Annual statistical returns and brief notes on vaccination in Bengal - 1887-1898
Year: 1887
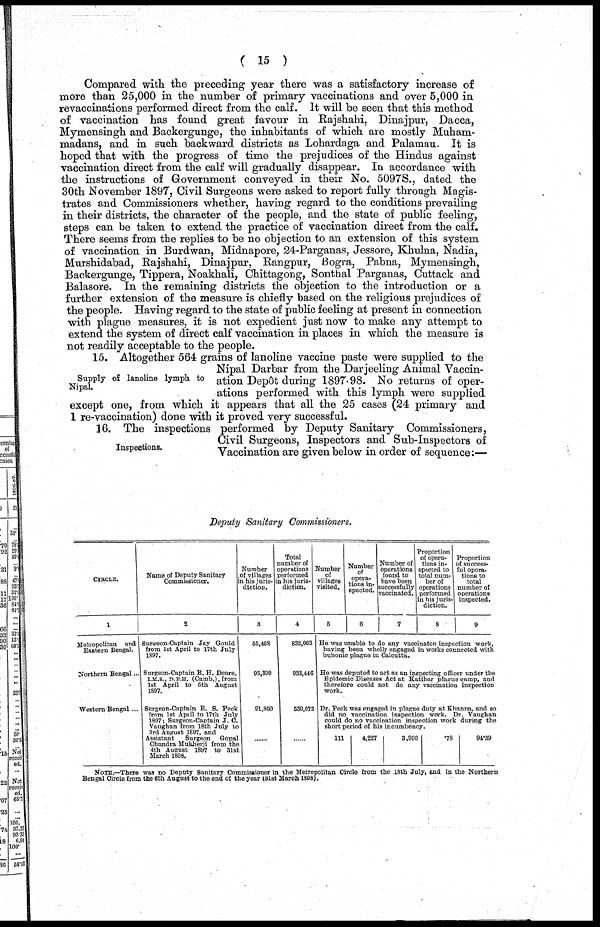
( 15 )
Compared with the preceding year there was a satisfactory increase of
more than 25,000 in the number of primary vaccinations and over 5,000 in
revaccinations performed direct from the calf. It will be seen that this method
of vaccination has found great favour in Rajshahi, Dinajpur, Dacca,
Mymensingh and Backergunge, the inhabitants of which are mostly Muham¬
madans, and in such backward districts as Lohardaga and Palamau. It is
hoped that with the progress of time the prejudices of the Hindus against
vaccination direct from the calf will gradually disappear. In accordance with
the instructions of Government conveyed in their No. 5097S., dated the
30th November 1897, Civil Surgeons were asked to report fully through Magis-
trates and Commissioners whether, having regard to the conditions prevailing
in their districts, the character of the people, and the state of public feeling,
steps can be taken to extend the practice of vaccination direct from the calf.
There seems from the replies to be no objection to an extension of this system
of vaccination in Burdwan, Midnapore, 24-Parganas, Jessore, Khulna, Nadia,
Murshidabad, Rajshahi, Dinajpur, Rangpur, Bogra, Pabna, Mymensingh,
Backergunge, Tippera, Noakhali, Chittagong, Sonthal Parganas, Cuttack and
Balasore. In the remaining districts the objection to the introduction or a
further extension of the measure is chiefly based on the religious prejudices of
the people. Having regard to the state of public feeling at present in connection
with plague measures, it is not expedient just now to make any attempt to
extend the system of direct calf vaccination in places in which the measure is
not readily acceptable to the people.
Supply of lanoline lymph to
Nipal.
15. Altogether 564 grains of lanoline vaccine paste were supplied to the
Nipal Darbar from the Darjeeling Animal Vaccin-
ation Depôt during 1897-98. No returns of oper-
ations performed with this lymph were supplied
except one, from which it appears that all the 25 cases (24 primary and
1 re-vaccination) done with it proved very successful.
Inspections.
16. The inspections performed by Deputy Sanitary Commissioners,
Civil Surgeons, Inspectors and Sub-Inspectors of
Vaccination are given below in order of sequence:—
Deputy Sanitary Commissioners.
CIRCLE.
1
Metropolitan and
Eastern Bengal.
Northern Bengal...
Western Bengal ...
Name of Deputy Sanitary
Commissioner.
2
Surgeon-Captain Jay Gould
from 1st April to 17th July
1897.
Surgeon-Captain B. H. Deare,
I.M.S., D.P.H. (Camb.),from
1st April to 5th August
1897.
Surgeon-Captain E. S. Peck
from 1st April to 17th July
1897; Surgeon-Captain J. C.
Vaughan from 18th July to
3rd August 1897, and
Assistant
Surgeon Gopal
Chandra Mukherji from the
4th August 1897 to 31st
March 1898.
Number
of villages
in his juris-
diction.
3
55,468
95,390
91,800
......
Total
number of
operations
performed
in his juris-
diction.
4
832,063
933,446
539,072
......
Number
of
villages
visited.
5
Number
of
opera-
tions in-
spected.
6
Number of
operations
found to
have been
successfully
vaccinated.
7
Proportion
of opera-
tions in-
spected to
total num-
ber of
operations
performed
in his juris-
diction.
8
Proportion
of success-
ful opera-
tions to
total
number of
operations
inspected.
9
He was unable to do any vaccinator inspection work,
having been wholly engaged in works connected with
bubonic plague in Calcutta.
He was deputed to act as an inspecting officer under the
Epidemic Diseases Act at Katihar plague camp, and
therefore could not do any vaccination inspection
work.
Dr. Peck was engaged in plague duty at Khanna, and so
did no vaccination inspection work. Dr. Vaughan
could do no vaccination inspection work during the
short period of his incumbency.
111
4,227
3,990
.78
94.39
NOTE.—There was no Deputy Sanitary Commissioner in the Metropolitan Circle from the 18th July, and in the Northern
Bengal Circle from the 6th August to the end of the year (31st March 1898).